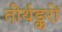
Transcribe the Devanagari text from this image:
तीर्थङ्करों